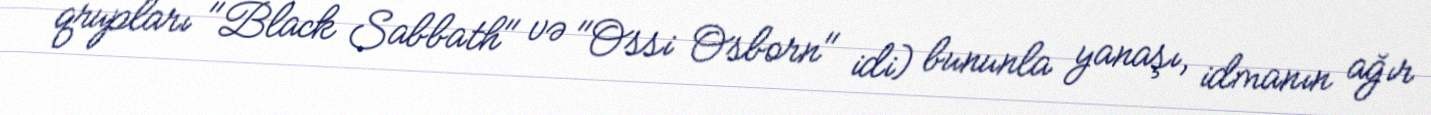
qrupları "Black Sabbath" və "Ossi Osborn" idi) bununla yanaşı, idmanın ağır